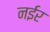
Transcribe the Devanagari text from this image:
नईर